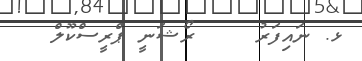
ޅ. ނައިފަރު    ރޯޝަނީ ޕްރީސްކޫލް